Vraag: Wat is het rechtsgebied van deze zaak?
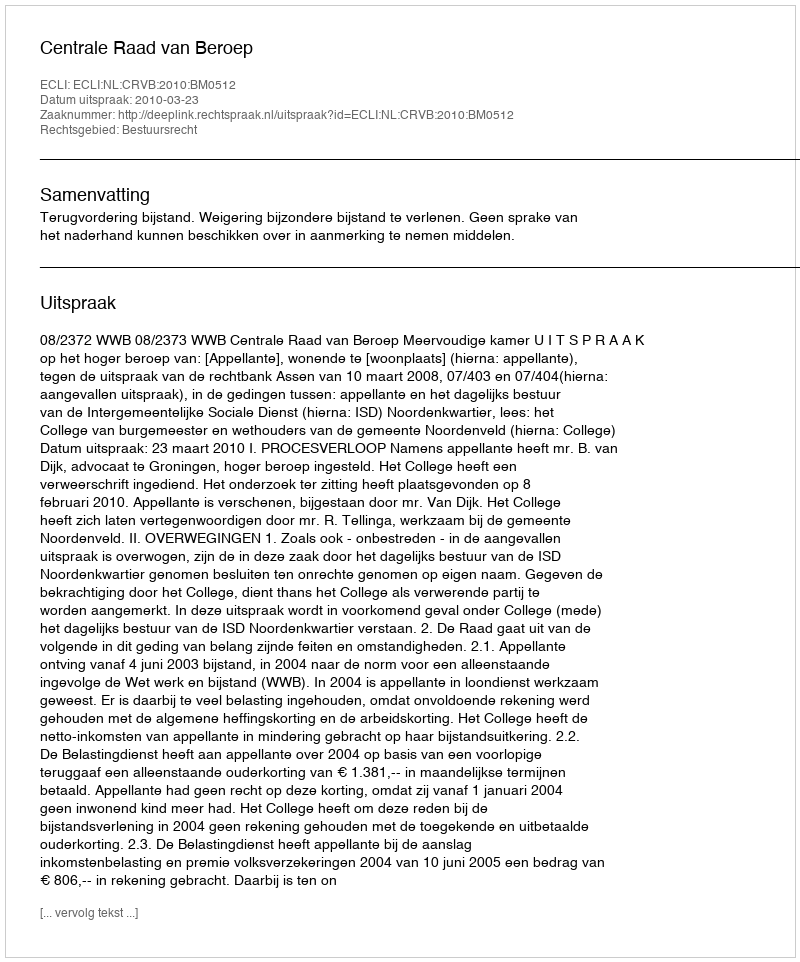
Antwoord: Bestuursrecht